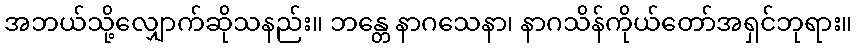
အဘယ်သို့လျှောက်ဆိုသနည်း။ ဘန္တေ နာဂသေနာ၊ နာဂသိန်ကိုယ်တော်အရှင်ဘုရား။